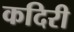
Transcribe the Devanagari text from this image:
कदिरी